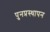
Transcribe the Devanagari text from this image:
पुनप्रस्थापन